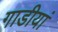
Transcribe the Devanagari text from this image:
गाडीयां